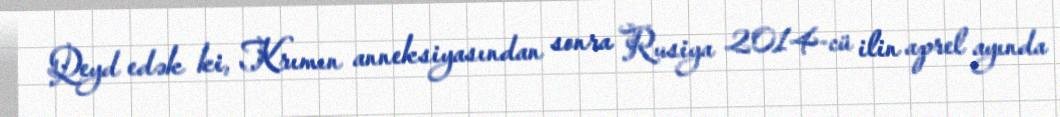
Qeyd edək ki, Krımın anneksiyasından sonra Rusiya 2014-cü ilin aprel ayında